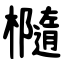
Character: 㰐